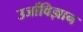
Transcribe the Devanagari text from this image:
उर्जाविज्ञान